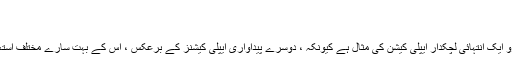
"
رابرٹ ٹاورز
"کاپی پیسٹ پرو ایک انتہائی لچکدار ایپلی کیشن کی مثال ہے کیونکہ ، دوسرے پیداواری ایپلی کیشنز کے برعکس ، اس کے بہت سارے مختلف استعمال ہوتے ہیں۔